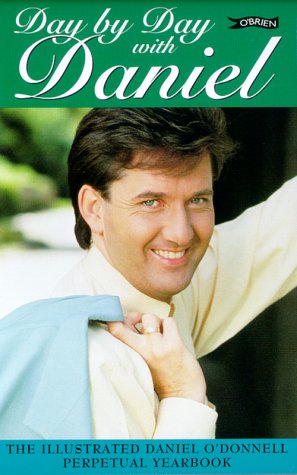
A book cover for Day by Day with Daniel: The Illustrated Daniel O'Donnell Perpetual Yearbook; Daniel O'Donnell; Biographies & Memoirs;